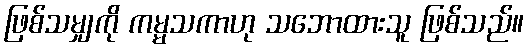
ဖြစ်သမျှကို ကမ္မသကာဟု သဘောထားသူ ဖြစ်သည်။